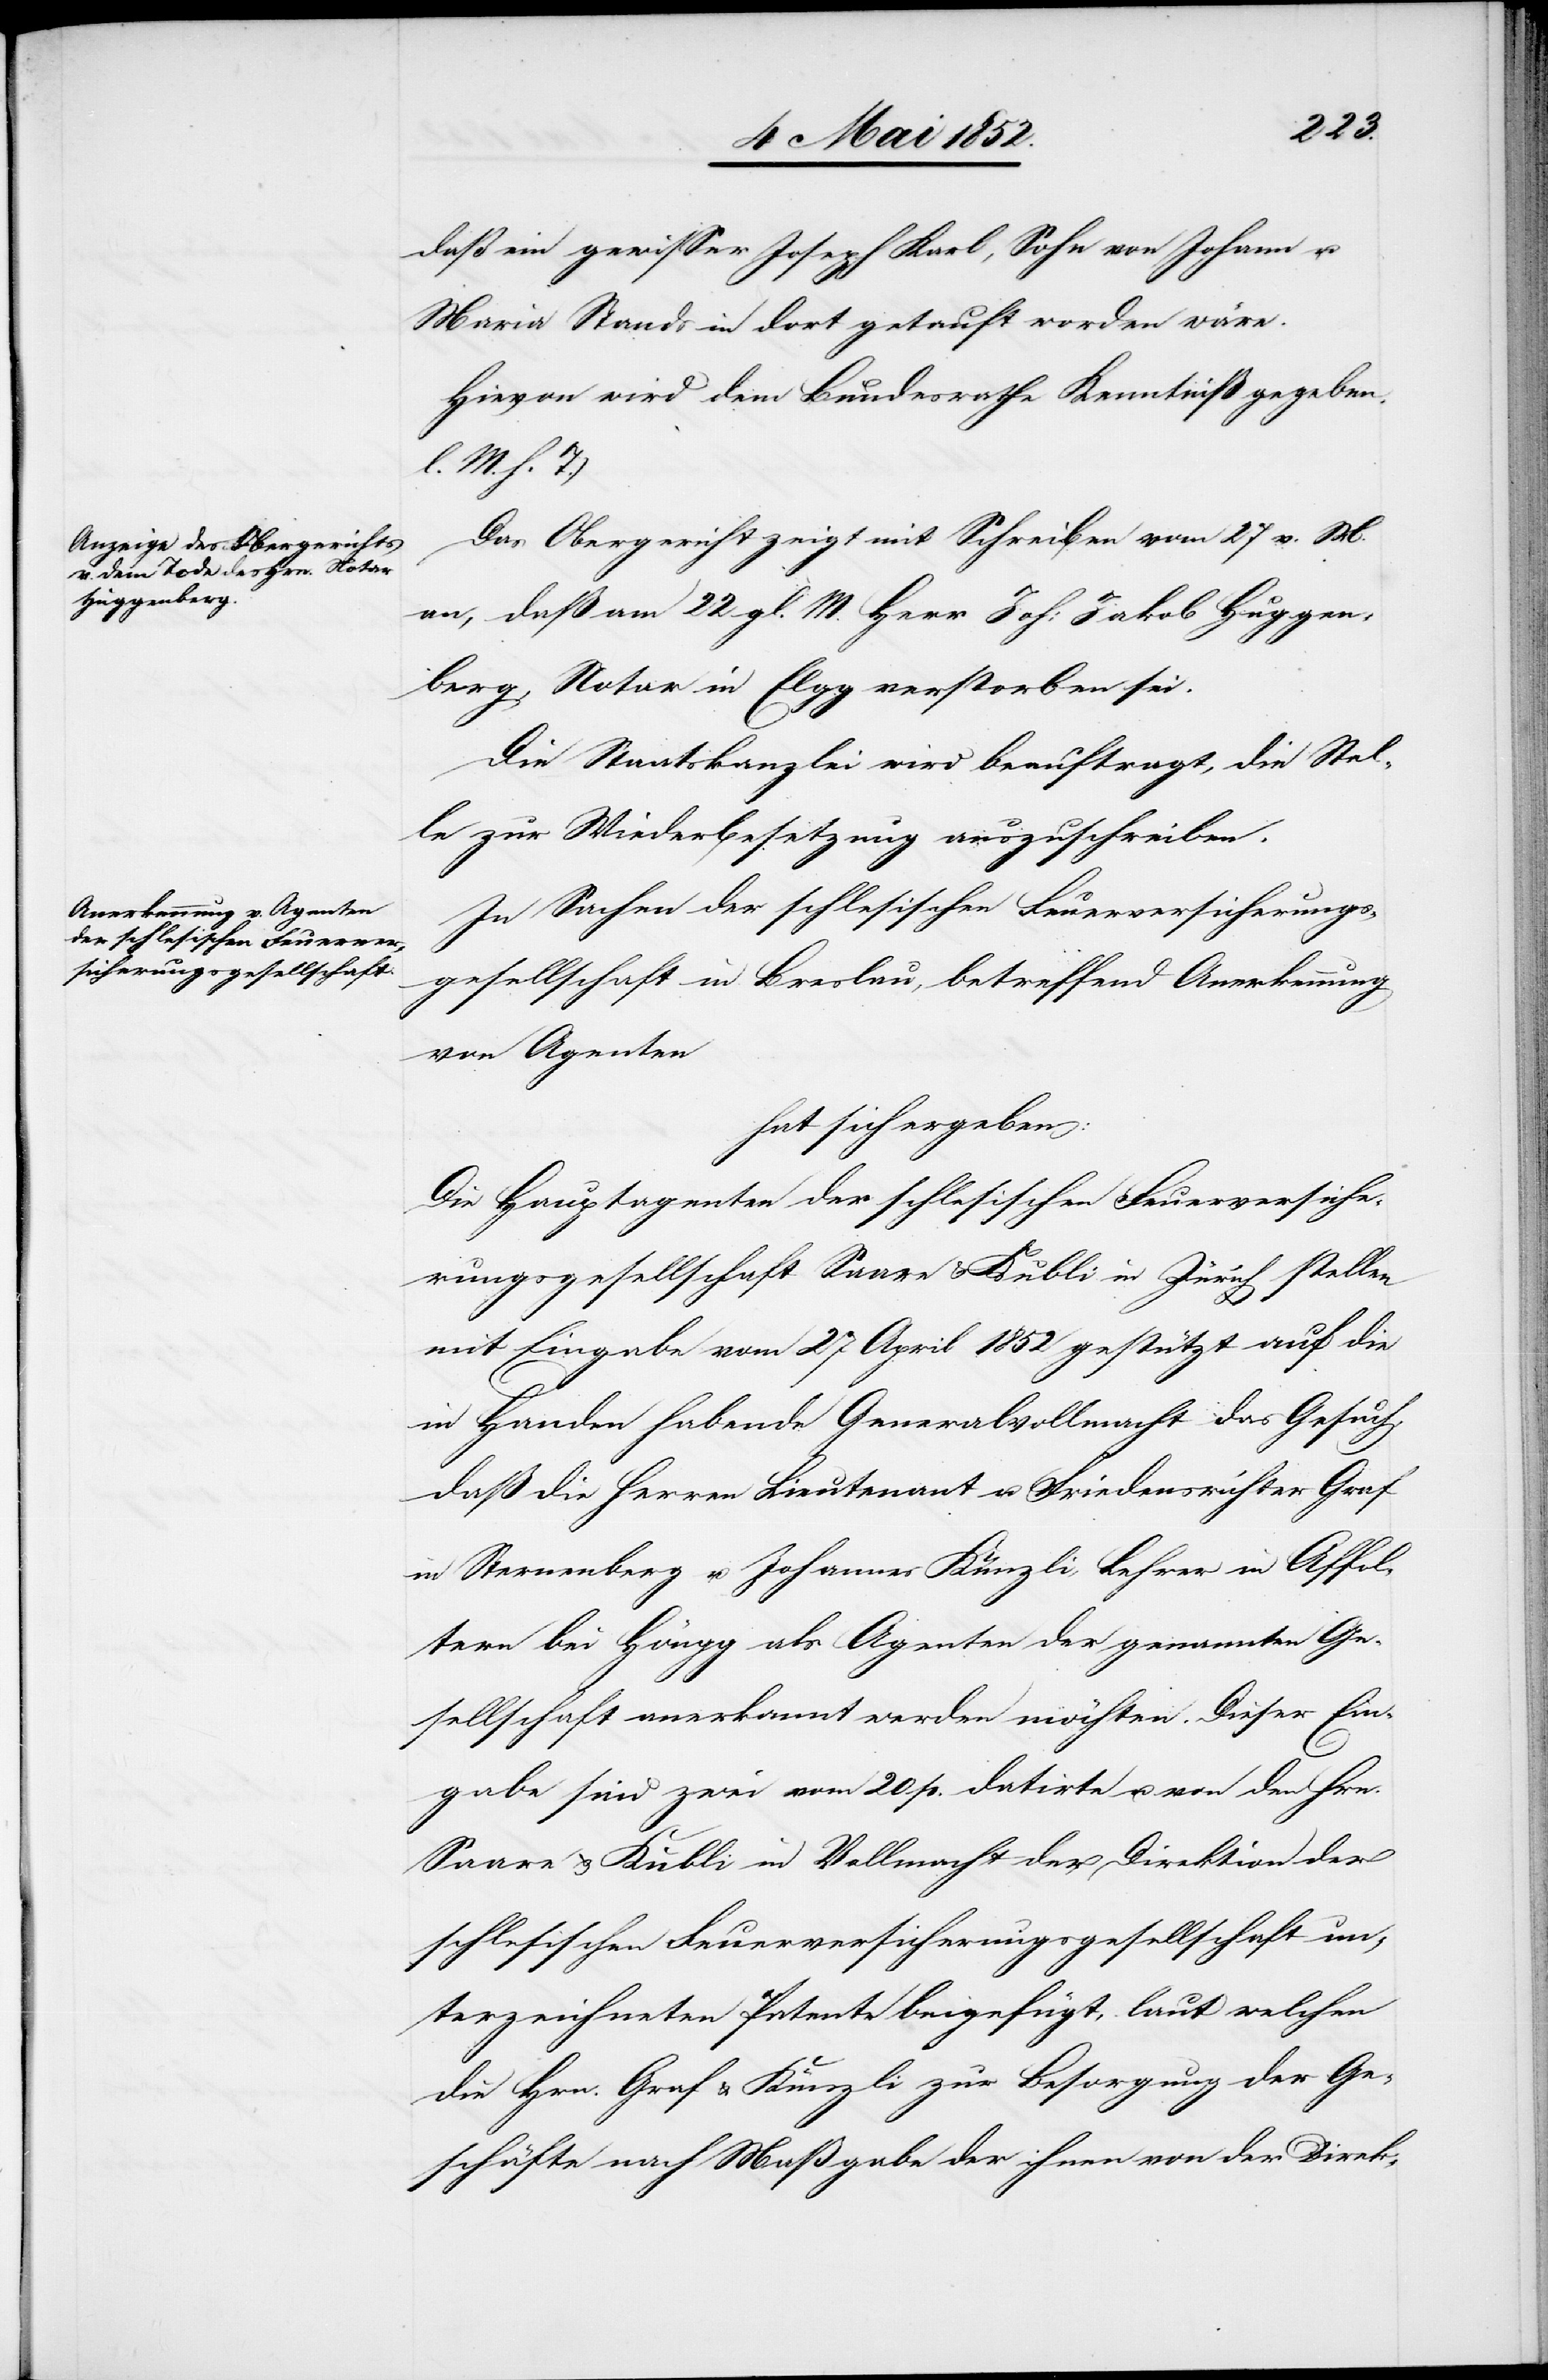
daß ein gewisser Joseph Karl, Sohn von Johann u.
Maria Stands in dort getauft worden wäre.
Hievon wird dem Bundesrathe Kenntniß gegeben.
M. h. T.)
Das Obergericht zeigt mit Schreiben vom 27 v. M.
an, daß am 22 gl. M. Herr Joh: Jakob Huggen¬
berg, Notar in Elgg verstorben sei.
Die Staatskanzlei wird beauftragt, die Stel¬
le zur Wiederbesetzung auszuschreiben.
In Sachen der schlesischen Feuerversicherungs¬
gesellschaft in Breslau, betreffend Anerkennung
von Agenten
hat sich ergeben:
Die Hauptagenten der schlesischen Feuerversiche¬
rungsgesellschaft Saare & Kubli in Zürich stellen
mit Eingabe vom 27 April 1852 gestützt auf die
in Handen habende Generalvollmacht das Gesuch,
daß die Herren Lieutenant u. Friedensrichter Graf
in Sternenberg u. Johannes Künzli, Lehrer in Affol¬
tern bei Höngg als Agenten der genannten Ge¬
sellschaft anerkannt werden möchten. Dieser Ein¬
gabe sind zwei vom 20 p. datirte u. von den Hrn.
Saare & Kubli in Vollmacht der Direktion der
schlesischen Feuerversicherungsgesellschaft un¬
terzeichneten Patente beigefügt, laut welchen
die Hrn. Graf & Künzli zur Besorgung der Ge¬
schäfte nach Maßgabe der ihnen von der Direk-